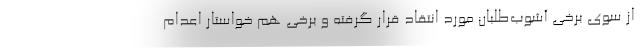
از سوی برخی آشوب‌طلبان مورد انتقاد قرار گرفته و برخی هم خواستار اعدام